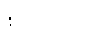
စတုပ္ပဒေါ